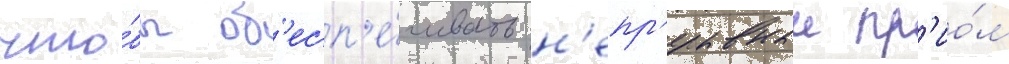
что́бы об'есп'е́чивать н'епр'ерывныи пр'ио́м